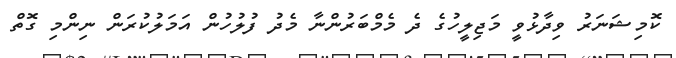
ކޮމިޝަނަރު ވިދާޅުވީ މަޖިލީހުގެ ދެ މެމްބަރުންނާ މެދު ފުލުހުން އަމަލުކުރަން ނިންމި ގޮތް